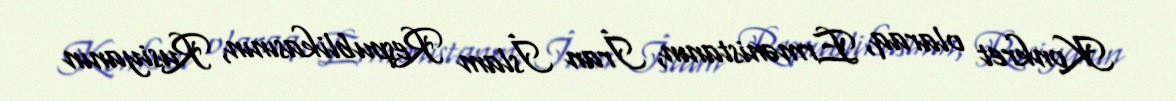
Konkret olaraq, Ermənistanın, İran İslam Respublikasının, Rusiyanın